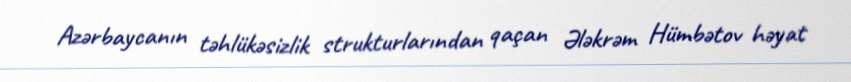
Azərbaycanın təhlükəsizlik strukturlarından qaçan Ələkrəm Hümbətov həyat